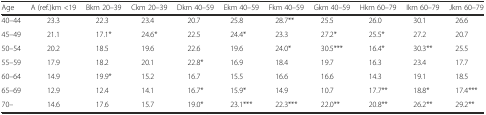
| Age | A (ref.)km <19 | Bkm 20–39 | Ckm 20–39 | Dkm 40–59 | Ekm 40–59 | Fkm 40–59 | Gkm 40–59 | Hkm 60–79 | Ikm 60–79 | Jkm 60–79 |
 | --- | --- | --- | --- | --- | --- | --- | --- | --- | --- | --- |
 | 40–44 | 23.3 | 22.3 | 23.4 | 20.7 | 25.8 | 28.7** | 25.5 | 26.0 | 30.1 | 26.6 |
 | 45–49 | 21.1 | 17.1* | 24.6* | 22.5 | 24.4* | 23.3 | 27.2* | 25.5* | 27.2 | 20.7 |
 | 50–54 | 20.2 | 18.5 | 19.6 | 22.6 | 19.6 | 24.0* | 30.5*** | 16.4* | 30.3** | 25.5 |
 | 55–59 | 17.9 | 18.2 | 20.1 | 22.8* | 16.9 | 18.4 | 19.7 | 16.3 | 23.4 | 17.7 |
 | 60–64 | 14.9 | 19.9* | 15.2 | 16.7 | 15.5 | 16.6 | 16.6 | 14.3 | 19.1 | 18.5 |
 | 65–69 | 12.9 | 12.4 | 14.1 | 16.7* | 15.9* | 14.9 | 10.7 | 17.7** | 18.8* | 17.4*** |
 | 70– | 14.6 | 17.6 | 15.7 | 19.0* | 23.1*** | 22.3*** | 22.0** | 20.8** | 26.2** | 29.2** |